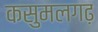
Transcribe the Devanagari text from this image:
कसुमलगढ़